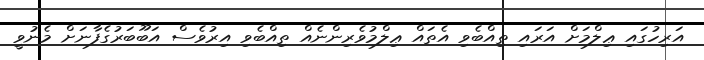
އަރިހުގައި ޢިލްމަށް އަރައި ތިއްބެވި އެތައް ޢިލްމުވެރިންނެއް ތިއްބެވި އިރުވެސް އަބޫބަރުގެފާނަށް މެނުވީ